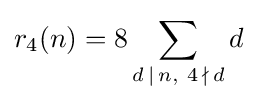
r_{4}(n)=8\sum _{d\,\mid \,n,\ 4\,\nmid \,d}d